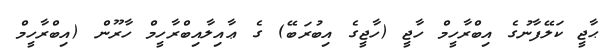
ޙާޖީ ކަލޭފާނުގެ އިބްރާހީމް ހާޖީ (ހާޖީގެ އިބުރަބޭ) ގެ ޢާއިލާއިބްރާހީމް ހާރޫން (އިިބްރާހީމް